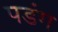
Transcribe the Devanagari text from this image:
पडंग